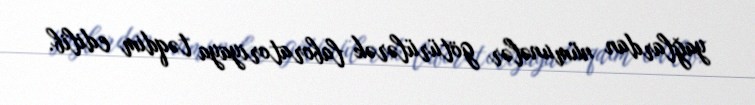
yağlardan nümunələr götürülərək laboratoriyaya təqdim edilib.